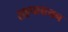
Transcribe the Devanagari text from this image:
सहपलायन